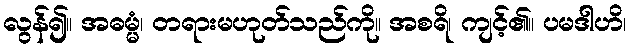
လွန်၍။ အဓမ္မံ၊ တရားမဟုတ်သည်ကို။ အစရိ၊ ကျင့်၏။ ပမဒါဟိ၊